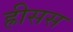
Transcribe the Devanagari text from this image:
ह्रीसस